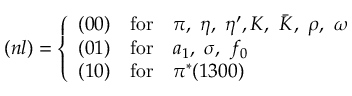
( n l ) = \left\{ \begin{array} { c c l } { { ( 0 0 ) } } & { { \mathrm { f o r } } } & { { \pi , ~ \eta , ~ \eta ^ { \prime } , K , ~ \bar { K } , ~ \rho , ~ \omega } } \\ { { ( 0 1 ) } } & { { \mathrm { f o r } } } & { { a _ { 1 } , ~ \sigma , ~ f _ { 0 } } } \\ { { ( 1 0 ) } } & { { \mathrm { f o r } } } & { { \pi ^ { * } ( 1 3 0 0 ) } } \end{array} \right.